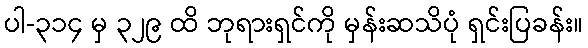
ပါ-၃၁၄ မှ ၃၂၉ ထိ ဘုရားရှင်ကို မှန်းဆသိပုံ ရှင်းပြခန်း။